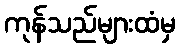
ကုန်သည်များထံမှ